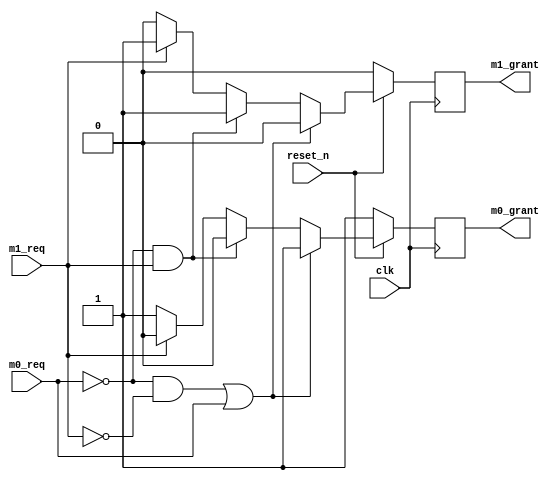
// bus arbiter
module bus_arbit(clk, reset_n, m0_req, m1_req, m0_grant, m1_grant);
	input clk, reset_n, m0_req, m1_req;
	output reg m0_grant, m1_grant;

always@(posedge clk)
	begin
	if(reset_n == 0) begin		// M0_grant
		m0_grant = 1;
		m1_grant = 0;
		end
	else if((m0_req == 0 && m1_req == 0) || m0_req == 1) begin // M0_grant
		m0_grant = 1;
		m1_grant = 0;
		end
	else if(m0_req == 0 && m1_req == 1) begin // M1_grant
		m0_grant = 0;
		m1_grant = 1;
		end
	else if(m1_req == 1) begin // M1_grant
		m0_grant = 0;
		m1_grant = 1;
		end
	else if(m1_req == 0) begin // M0_grant
		m0_grant = 1;
		m1_grant = 0;
		end
	else begin
		m0_grant = 1;
		m1_grant = 0;
		end
	end
endmodule